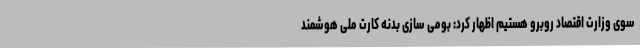
سوی وزارت اقتصاد روبرو هستیم اظهار کرد: بومی سازی بدنه کارت ملی هوشمند